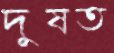
দুষত